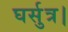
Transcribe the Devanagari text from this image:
घर्सुत्र।